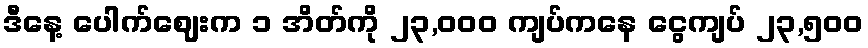
ဒီနေ့ ပေါက်ဈေးက ၁ အိတ်ကို ၂၃,၀၀၀ ကျပ်ကနေ ငွေကျပ် ၂၃,၅၀၀